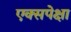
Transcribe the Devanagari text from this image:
एक्सपेक्षा